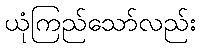
ယုံကြည်သော်လည်း